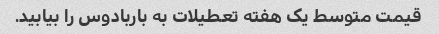
قیمت متوسط یک هفته تعطیلات به باربادوس را بیابید.